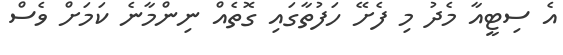
އެ ސިޓީއާ މެދު މި ފެށޭ ހަފުތާގައި ގޮތެއް ނިންމާނެ ކަމަށް ވެސް